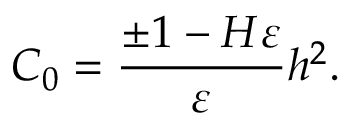
C _ { 0 } = \frac { \pm 1 - H \varepsilon } { \varepsilon } h ^ { 2 } .